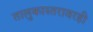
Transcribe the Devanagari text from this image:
तालुकास्तरावरही